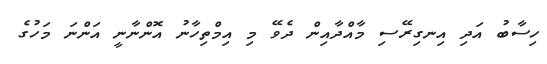
ހިސާބު އަދި އިނގިރޭސި މާއްދާއިން ދެވޭ މި އިމްތިހާނު އޮންނާނީ އަންނަ މަހުގެ